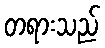
တရားသည်